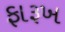
ફારૂખ